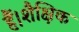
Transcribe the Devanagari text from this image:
हैं।शैक्षिक